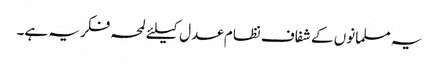
یہ مسلمانوں کے شفاف نظام عدل کیلئے لمحہ فکریہ ہے۔